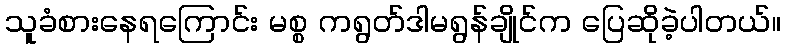
သူခံစားနေရကြောင်း မစ္စ ကရွတ်ဒါမရွန်ချိုင်က ပြေဆိုခဲ့ပါတယ်။